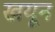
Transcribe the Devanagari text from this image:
खयून